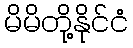
မိမိတို့နိုင်ငံ